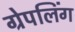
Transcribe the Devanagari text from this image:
ग्रेपलिंग